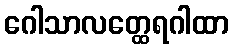
ဂေါသာလတ္ထေရဂါထာ